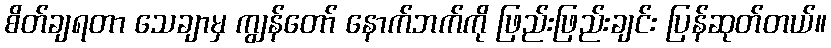
စိတ်ချရတာ သေချာမှ ကျွန်တော် နောက်ဘက်ကို ဖြည်းဖြည်းချင်း ပြန်ဆုတ်တယ်။